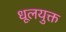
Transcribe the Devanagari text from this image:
धूलयुक्त